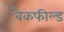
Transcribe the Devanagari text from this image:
बैकफील्ड